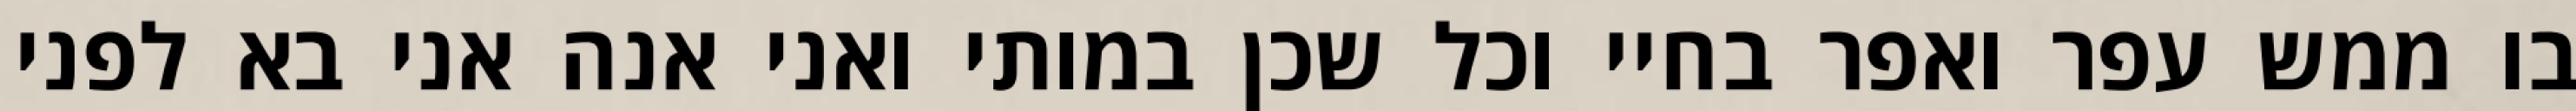
בו ממש עפר ואפר בחיי וכל שכן במותי ואני אנה אני בא לפני